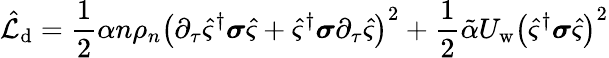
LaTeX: \hat{\mathcal{L}}_{\mathrm{d}}=\frac{1}{2}\alpha n\rho_{n}\left(\partial_{\tau}\hat{\varsigma}^{\dagger}\boldsymbol{\sigma}\hat{\varsigma}+\hat{\varsigma}^{\dagger}\boldsymbol{\sigma}\partial_{\tau}\hat{\varsigma}\right)^{2}+\frac{1}{2}\tilde{\alpha}U_{\mathrm{w}}\left(\hat{\varsigma}^{\dagger}\boldsymbol{\sigma}\hat{\varsigma}\right)^{2}